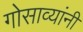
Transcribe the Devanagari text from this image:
गोसाव्यांनी